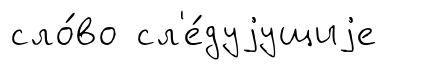
сло́во сл'е́дуjущиjе